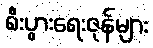
စီးပွားရေးဇုန်များ